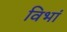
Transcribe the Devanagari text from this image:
विभां